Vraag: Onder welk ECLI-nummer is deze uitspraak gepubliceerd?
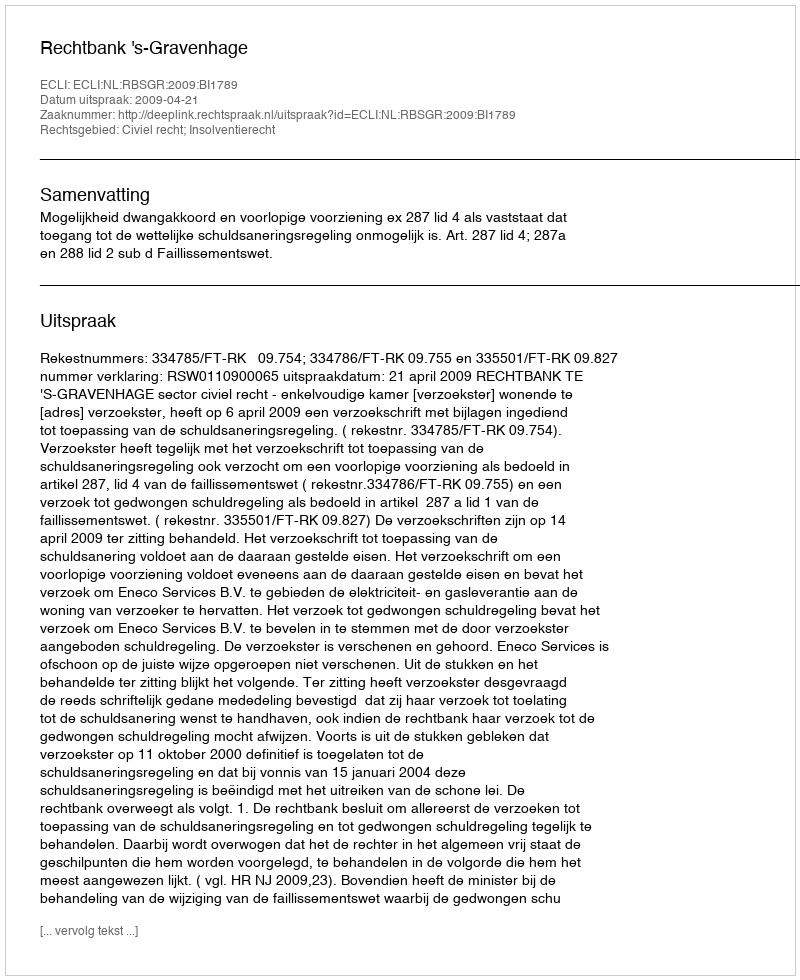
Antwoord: ECLI:NL:RBSGR:2009:BI1789